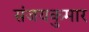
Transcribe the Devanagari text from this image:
संजयकुमार